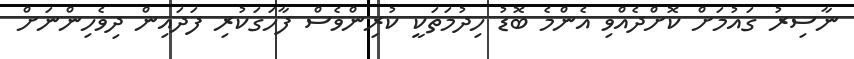
ނާސިރު ގައުމަށް ކޮށްދެއްވި އެންމެ ބޮޑު ހިދުމަތަކީ ކުރިންވެސް ފާހަަގަކުރި ފަދައިން ދިވެހިންނަށް